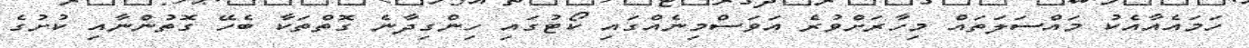
ހަމައެއާއެކު މައްސަލަތައް މިހާރަށްވުރެ އަވަސްމިނެއްގައި ކޯޓުގައި ހިންގިދާނެ ގޮތްތަކާ ބެހޭ ގޮތުންނާއި ކުށުގެ